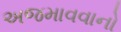
અજમાવવાનો